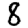
Digit: 8